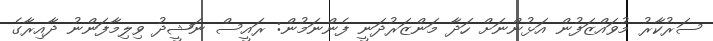
ސަރުކާރު މުވައްޒަފުން އަޅުންނަށް ހަދާ މަންޒަރުދަނީ ފެންނަމުން: ރައީސް ނަޝީދު ވިލިމާފަންނު ދާއިރާގެ